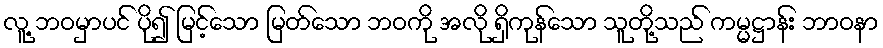
လူ့ ဘဝမှာပင် ပို၍ မြင့်သော မြတ်သော ဘဝကို အလို ရှိကုန်သော သူတို့သည် ကမ္မဋ္ဌာန်း ဘာဝနာ